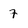
Character: 7